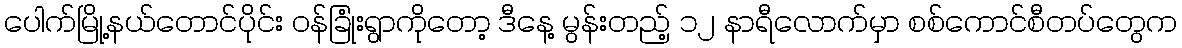
ပေါက်မြို့နယ်တောင်ပိုင်း ဝန်ခြုံးရွာကိုတော့ ဒီနေ့ မွန်းတည့် ၁၂ နာရီလောက်မှာ စစ်ကောင်စီတပ်တွေက